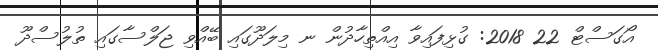
އޯގަސްޓް 22 2018: ގުޅިފައިވާ އިއްތިހާދުން ނ މިލަދޫގައި ބޭއްވި ޖަލްސާގައި ތުލުސްދޫ